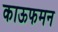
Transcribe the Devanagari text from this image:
काऊफमन